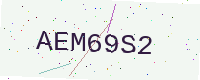
Text: AEM69S2